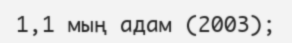
1,1 мың адам (2003);